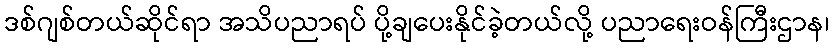
ဒစ်ဂျစ်တယ်ဆိုင်ရာ အသိပညာရပ် ပို့ချပေးနိုင်ခဲ့တယ်လို့ ပညာရေးဝန်ကြီးဌာန၊